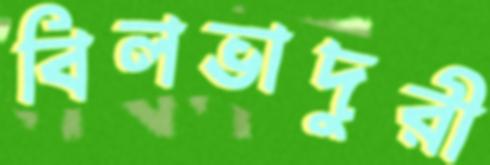
বিলভাদুরী